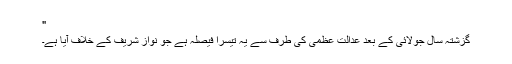
"
گزشتہ سال جولائی کے بعد عدالت عظمٰی کی طرف سے یہ تیسرا فیصلہ ہے جو نواز شریف کے خلاف آیا ہے۔